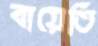
বায়েতি